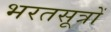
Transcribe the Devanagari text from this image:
भरतसूत्रों